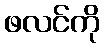
ဖလင်ကို